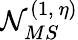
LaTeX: \mathcal{N}_{MS}^{(1,~\eta)}